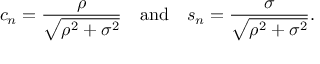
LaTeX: c _ { n } = { \frac { \rho } { \sqrt { \rho ^ { 2 } + \sigma ^ { 2 } } } } \quad { \mathrm { a n d } } \quad s _ { n } = { \frac { \sigma } { \sqrt { \rho ^ { 2 } + \sigma ^ { 2 } } } } .